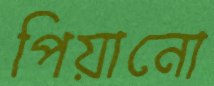
পিয়ানো